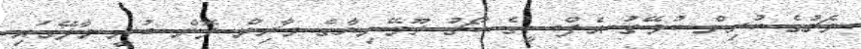
މެޗުގެ ކުރިން ކުވޭތު އެފްސީގެ ކޯޗު ރޫމޭނިޔާގެ މާރިން ލޮން ބުނީ މާލޭގައި